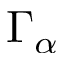
\Gamma _ { \alpha }